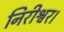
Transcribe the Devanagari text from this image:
निरीश्वर।